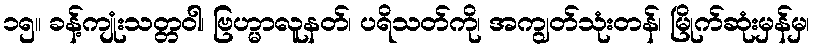
၁၅။ ခန့်ကျုံးသတ္တဝါ၊ ဗြဟ္မာလူနတ်၊ ပရိသတ်ကို၊ အကျွတ်သုံးတန်၊ မြိုက်ဆုံးမှန်မှ၊